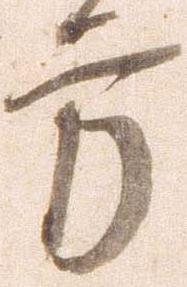
方